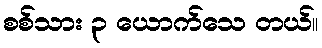
စစ်သား ၃ ယောက်သေ တယ်။